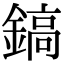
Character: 鎬